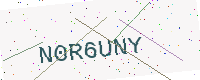
Text: N0R6UNY